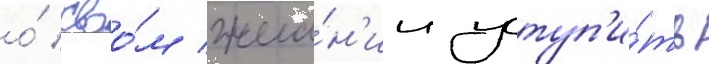
о́ своо́м жела́н'ии уступ'и́ть